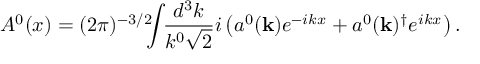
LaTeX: A ^ { 0 } ( x ) = ( 2 \pi ) ^ { - 3 / 2 } \! \! \! \int \! \! \frac { d ^ { 3 } k } { k ^ { 0 } \sqrt { 2 } } i \left( a ^ { 0 } ( { \mathbf { k } } ) e ^ { - i k x } + a ^ { 0 } ( { \mathbf { k } } ) ^ { \dagger } e ^ { i k x } \right) . \nonumber \,